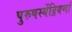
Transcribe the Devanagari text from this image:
पुरुषस्येंद्रियणां